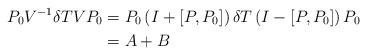
LaTeX: \begin{align*}P_0 V^{-1} \delta T V P_0&=P_0 \left(I +\left[P,P_0 \right] \right) \delta T \left(I-\left[P,P_0\right] \right) P_0\\&=A + B\end{align*}